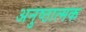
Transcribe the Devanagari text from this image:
अनुष्ठात्मक